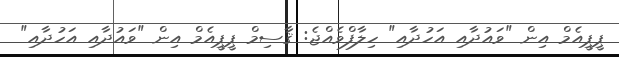
ޕީޕީއެމް އިން "ވައުދާއި އަހުދާއި" ހިލާފްވެއްޖެ: ޤާސިމް ޕީޕީއެމް އިން "ވައުދާއި އަހުދާއި"